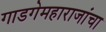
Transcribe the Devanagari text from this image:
गाडगेमहाराजांचा